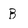
Character: B